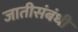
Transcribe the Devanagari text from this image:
जातीसंबंधीं